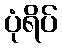
ပုံရိပ်